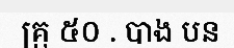
គ្រុ ៥០ . បាង បន